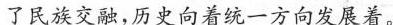
了民族交融，历史向着统一方向发展着。